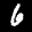
Label: 6